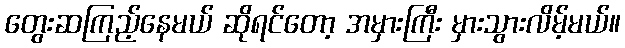
တွေးဆကြည့်နေမယ် ဆိုရင်တော့ အမှားကြီး မှားသွားလိမ့်မယ်။